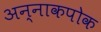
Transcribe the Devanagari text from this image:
अन्नाकपोक